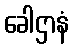
ခေါဌာနံ